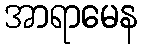
အာရာမေန